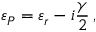
\varepsilon _ { P } = \varepsilon _ { r } - i \frac { \gamma } { 2 } \, ,